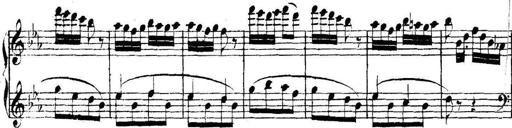
Title: Collected Piano Sonatas
Composer: Muzio Clementi